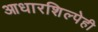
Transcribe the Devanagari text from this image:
आधारशिल्पेही